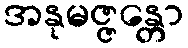
အနုမဇ္ဇန္တော